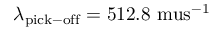
\lambda _ { \mathrm { p i c k - o f f } } = 5 1 2 . 8 \mathrm { \ m u s } ^ { - 1 }